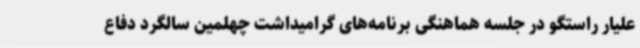
علیار راستگو در جلسه هماهنگی برنامه‌های گرامیداشت چهلمین سالگرد دفاع